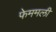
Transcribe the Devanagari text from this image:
फेममली